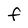
Character: F